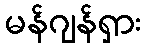
မန်ဂျန်ရှား